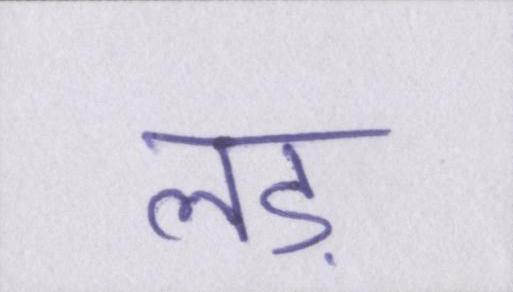
लड़